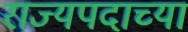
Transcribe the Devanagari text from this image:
राज्यपदाच्या